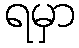
ရမှာ